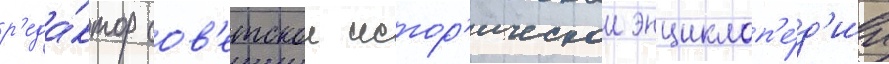
р'еда́ктор сов'етскои истор'ическои энциклоп'е́д'ии